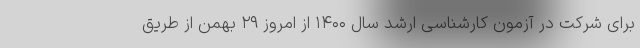
برای شرکت در آزمون کارشناسی ارشد سال ۱۴۰۰ از امروز ۲۹ بهمن از طریق